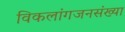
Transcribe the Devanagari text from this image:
विकलांगजनसंख्या